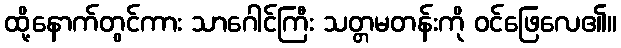
ထို့နောက်တွင်ကား သာဂေါင်ကြီး သတ္တမတန်းကို ဝင်ဖြေလေ၏။